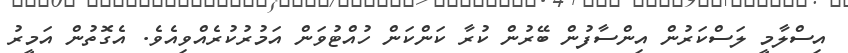
އިސްލާމީ ލަސްކަރުން އިންސާފުން ބޭރުން ކުރާ ކަންކަން ހުއްޓުވަން އަމުރުކުރެއްވިއެވެ. އެގޮތުން އަމީރު